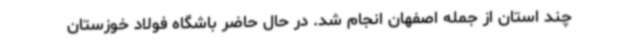
چند استان از جمله اصفهان انجام شد. در حال حاضر باشگاه فولاد خوزستان